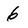
Character: 6